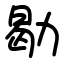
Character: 㔠